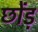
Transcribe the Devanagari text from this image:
छोंड़